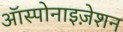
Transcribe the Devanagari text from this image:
ऑस्पोनाइज़ेशन